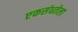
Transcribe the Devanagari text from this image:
एकसंधतेला